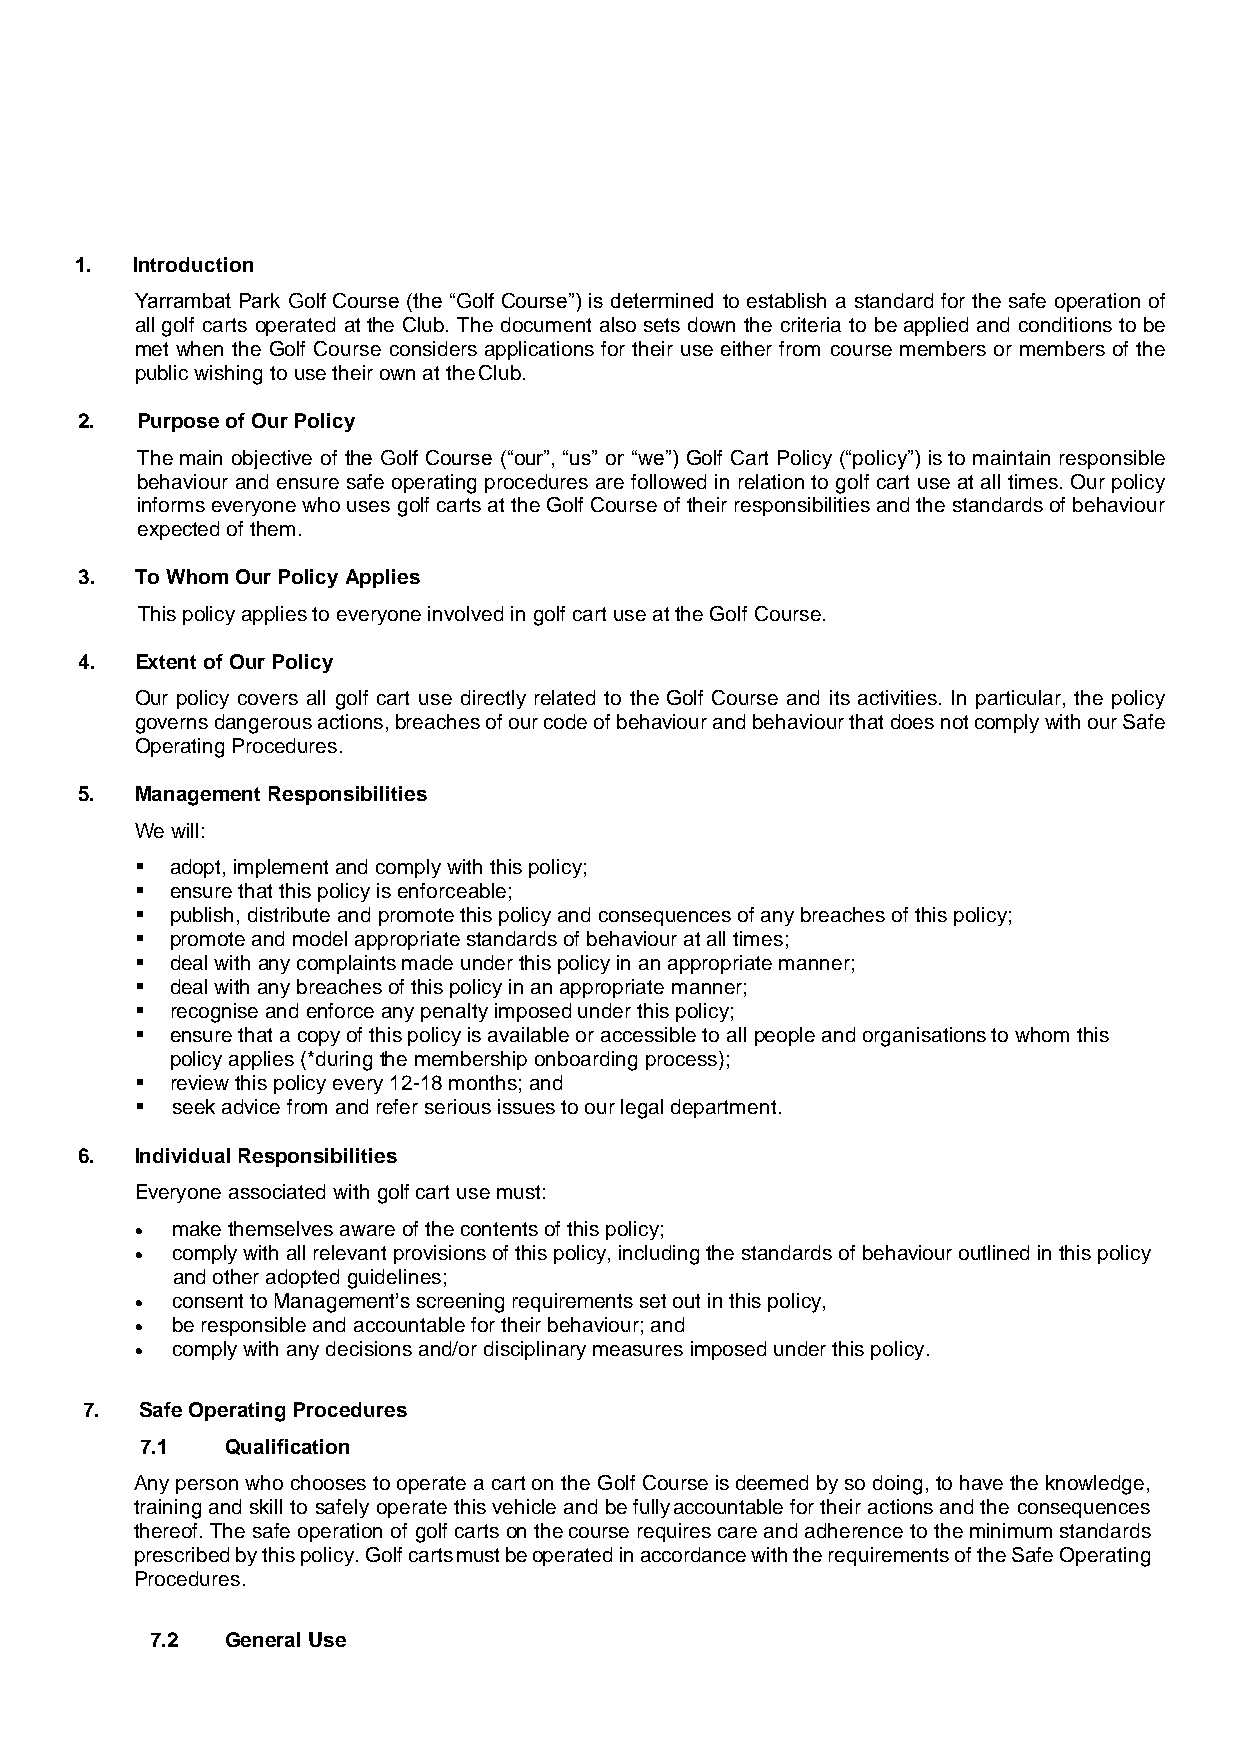
1.  Introduction
 Yarrambat Park Golf Course (the “Golf Course”) is determined to establish a standard for the safe operation of
 all golf carts operated at the Club. The document also sets down the criteria to be applied and conditions to be
 met when the Golf Course considers applications for their use either from course members or members of the
 public wishing to use their own at the Club.
 2.  Purpose of Our Policy
 The main objective of the Golf Course (“our”, “us” or “we”) Golf Cart Policy (“policy”) is to maintain responsible
 behaviour and ensure safe operating procedures are followed in relation to golf cart use at all times. Our policy
 informs everyone who uses golf carts at the Golf Course of their responsibilities and the standards of behaviour
 expected of them.
 3.  To Whom Our Policy Applies
 This policy applies to everyone involved in golf cart use at the Golf Course.
 4.  Extent of Our Policy
 Our policy covers all golf cart use directly related to the Golf Course and its activities. In particular, the policy
 governs dangerous actions, breaches of our code of behaviour and behaviour that does not comply with our Safe
 Operating Procedures.
 5.  Management Responsibilities
 We will:
 ▪ adopt, implement and comply with this policy;
 ▪ ensure that this policy is enforceable;
 ▪ publish, distribute and promote this policy and consequences of any breaches of this policy;
 ▪ promote and model appropriate standards of behaviour at all times;
 ▪ deal with any complaints made under this policy in an appropriate manner;
 ▪ deal with any breaches of this policy in an appropriate manner;
 ▪ recognise and enforce any penalty imposed under this policy;
 ▪ ensure that a copy of this policy is available or accessible to all people and organisations to whom this
 policy applies (*during the membership onboarding process);
 ▪ review this policy every 12-18 months; and
 ▪ seek advice from and refer serious issues to our legal department.
 6.  Individual Responsibilities
 Everyone associated with golf cart use must:
 • make themselves aware of the contents of this policy;
 • comply with all relevant provisions of this policy, including the standards of behaviour outlined in this policy
 and other adopted guidelines;
 • consent to Management’s screening requirements set out in this policy,
 • be responsible and accountable for their behaviour; and
 • comply with any decisions and/or disciplinary measures imposed under this policy.
 7.  Safe Operating Procedures
 7.1   Qualification
 Any person who chooses to operate a cart on the Golf Course is deemed by so doing, to have the knowledge,
 training and skill to safely operate this vehicle and be fully accountable for their actions and the consequences
 thereof. The safe operation of golf carts on the course requires care and adherence to the minimum standards
 prescribed by this policy. Golf carts must be operated in accordance with the requirements of the Safe Operating
 Procedures.
 7.2  General Use